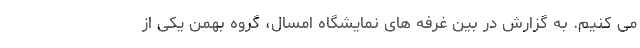
می کنیم. به گزارش در بین غرفه های نمایشگاه امسال، گروه بهمن یکی از